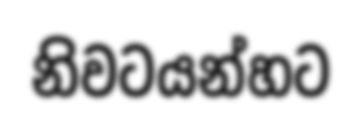
නිවටයන්හට